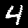
Digit: 4